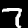
Digit: 7